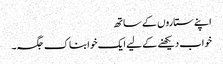
اپنے ستاروں کے ساتھ
خواب دیکھنے کے لیے ایک خوابناک جگہ۔